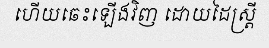
ហើយឆេះឡើងវិញ ដោយដៃស្ត្រី